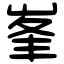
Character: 峯